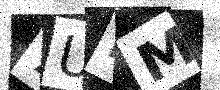
Text: 7UBM